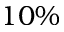
1 0 \%